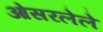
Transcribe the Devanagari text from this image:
ओसरलेले